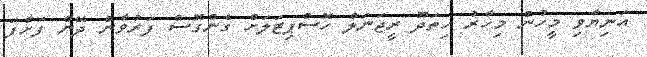
އަނިޔާވި މީހުން މިހާރު ހިތަދޫ ރީޖަނަލް ހޮސްޕިޓަލަށް ގެންގޮސް ފަރުވާން ދޭން ފަށާފަ